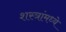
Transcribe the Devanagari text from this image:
शस्त्रांमध्ये